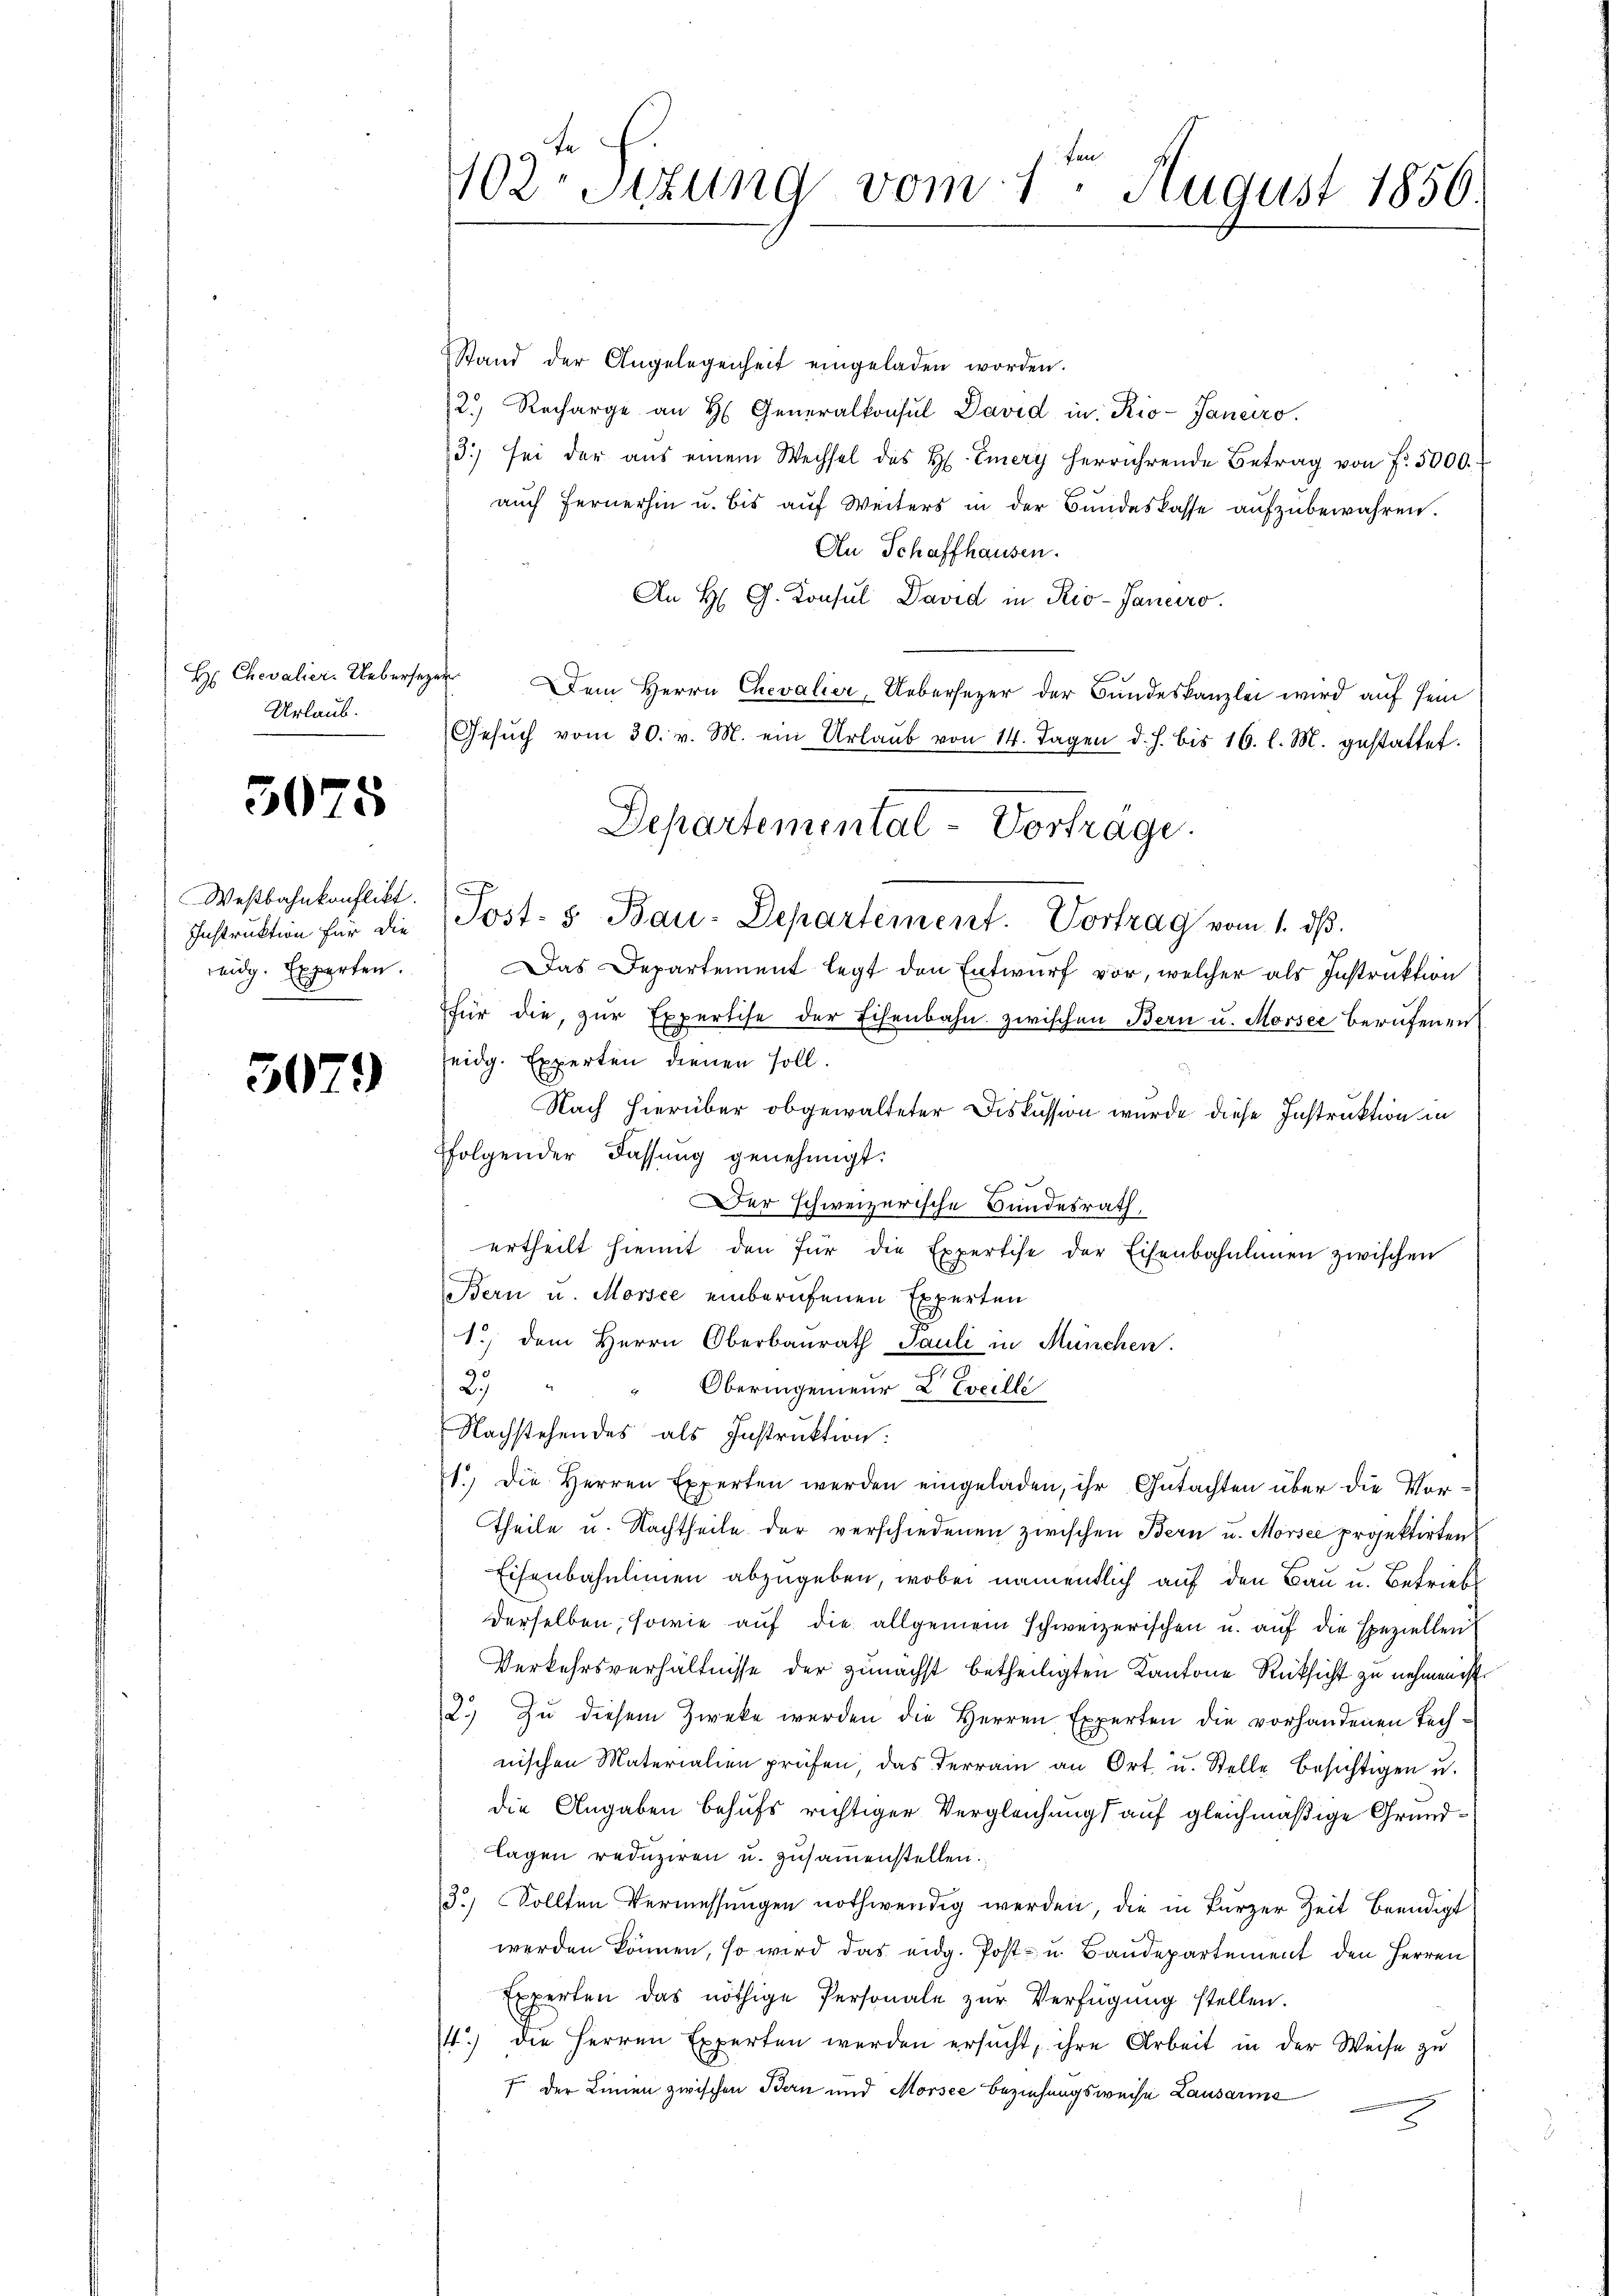
H Chevalier. Uebersezer
Urlaub.

3075

Westbahnkonflikt.
Instruktion für die
reidg. Experten.

3079

402. Sitzung vom 1. August 1856.

Stand der Angelegenheit eingeladen worden.
2) Recharge an H. Generalkonsul David in Rio-Janeiro.
3.) sei der aus einem Wechsel des H. Emery herrührende Betrag von f. 5000.
auch fernerhin u. bis auf Weiters in der Bundeskasse aufzubewahren.
An Schaffhausen.
An H. G. Konsul David in Rio-Janeiro
Dem Herrn Chevalier, Uebersezer der Bundeskanzlei wird auf sein
Gesŭch vom 30. v. M. ein Urlaŭb von 14. Tagen d. h. bis 16. l. M. gestattet.
Post- & Bau-Departement. Vortrag vom 1. dβ.
Das Departement legt den Entwurf vor, welcher als Instruktion
für die, zŭr Expertise der Eisenbahn zwischen Bern u. Morsee berufenen
seidg. Experten dienen soll.
Nach hierüber obgewalteter Diskussion wurde diese Instruktion in
ffolgender Fassung genehmigt:
Der schweizerische Bundesrath,
ertheilt hiemit den für die Expertise der Eisenbahnlinien zwischen
Bern u. Morsee einberufenen Experten
1.) Dem Herrn Oberbaurath Pauli in München.
2. " " Oberingenieur L. Eveille
Nachstehendes als Instruktion:
1.) Die Herren Experten werden eingeladen, ihr Gutachten über die Vor¬
Theile u. Nachtheile der verschiedenen zwischen Bern u. Morsee projektirten
Eisenbahnlinien abzugeben, wobei namentlich auf den Bau u. Betriebs
derselben, sowie auf die allgemein schweizerischen u. auf die speziellen
Verkehrsverhältnisse der zunächst betheiligten Kantone Rücksicht zu nehmen ist
2.) Zu diesem Zwecke werden die Herren Experten die vorhandenen Technischen Materialien prüfen, das Terrain an Ort u. Stelle besichtigen u.
die Angaben behufs richtiger Vergleichung auf gleichmäßige Grundlagen reduziren u. zusammenstellen.
3) Sollten Vermessungen nothwendig werden, die in kurzer Zeit beendigt
werden können, so wird das eidg. Post- u Baudepartement den Herren
Experten das nöthige Personale zŭr Verfügung stellen.
4) die Herren Experten werden ersucht, ihre Arbeit in der Weise zu
f der Linien zwischen Bern und Morsee Beziehungsweise Lausarme

Departemental-Vorträge.